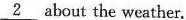
\underline{2} about the weather.